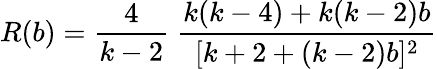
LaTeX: R(b)=\frac{4}{k-2}\; \frac{k(k-4)+k(k-2)b}{[k+2+(k-2)b]^{2}}